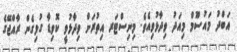
އަބްދު މައުސޫމް މިއަދު ވިދާޅުވިއެވެ. މިނިސްޓަރ އިތުރަށް ވިދާޅުވީ ކޮވިޑާ ގުޅިގެން ރާއްޖޭގެ